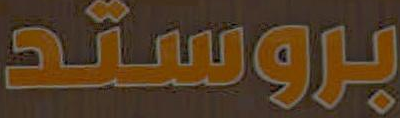
بروستد